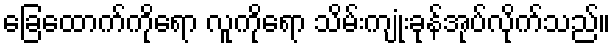
ခြေထောက်ကိုရော လူကိုရော သိမ်းကျုံးခုန်အုပ်လိုက်သည်။